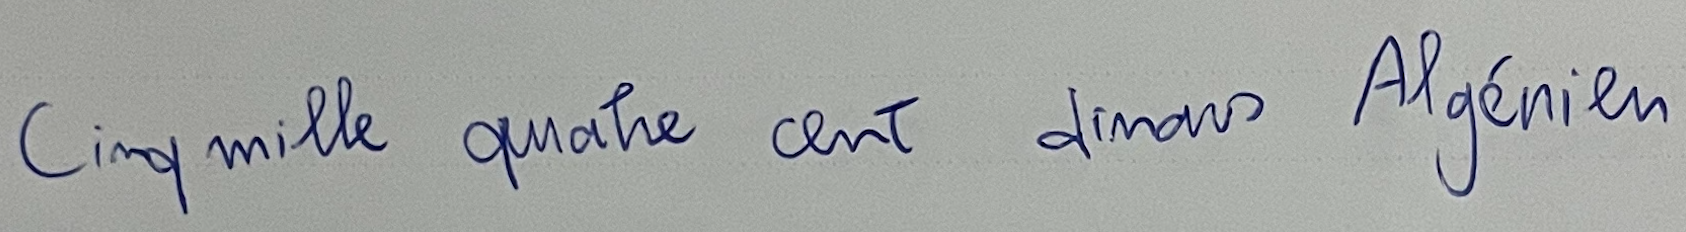
Cinq mille quatre cent dinars Algérien